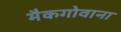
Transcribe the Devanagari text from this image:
मैकगोवाना